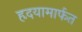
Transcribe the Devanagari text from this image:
हृदयामार्फत